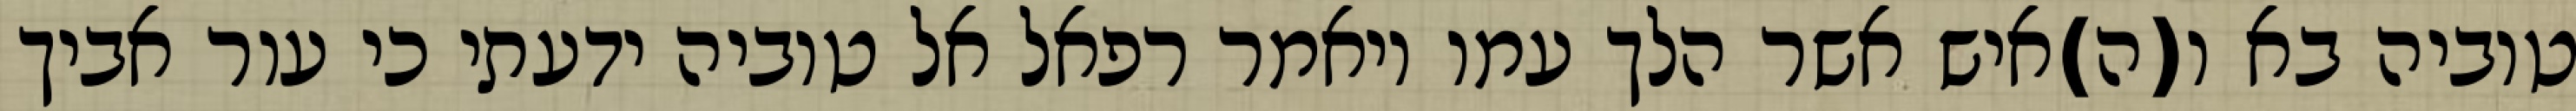
טוביה בא ו(ה)איש אשר הלך עמו ויאמר רפאל אל טוביה ידעתי כי עור אביך